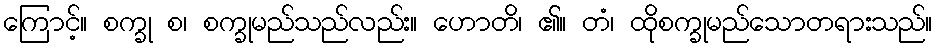
ကြောင့်။ စက္ခု စ၊ စက္ခုမည်သည်လည်း။ ဟောတိ၊ ၏။ တံ၊ ထိုစက္ခုမည်သောတရားသည်။